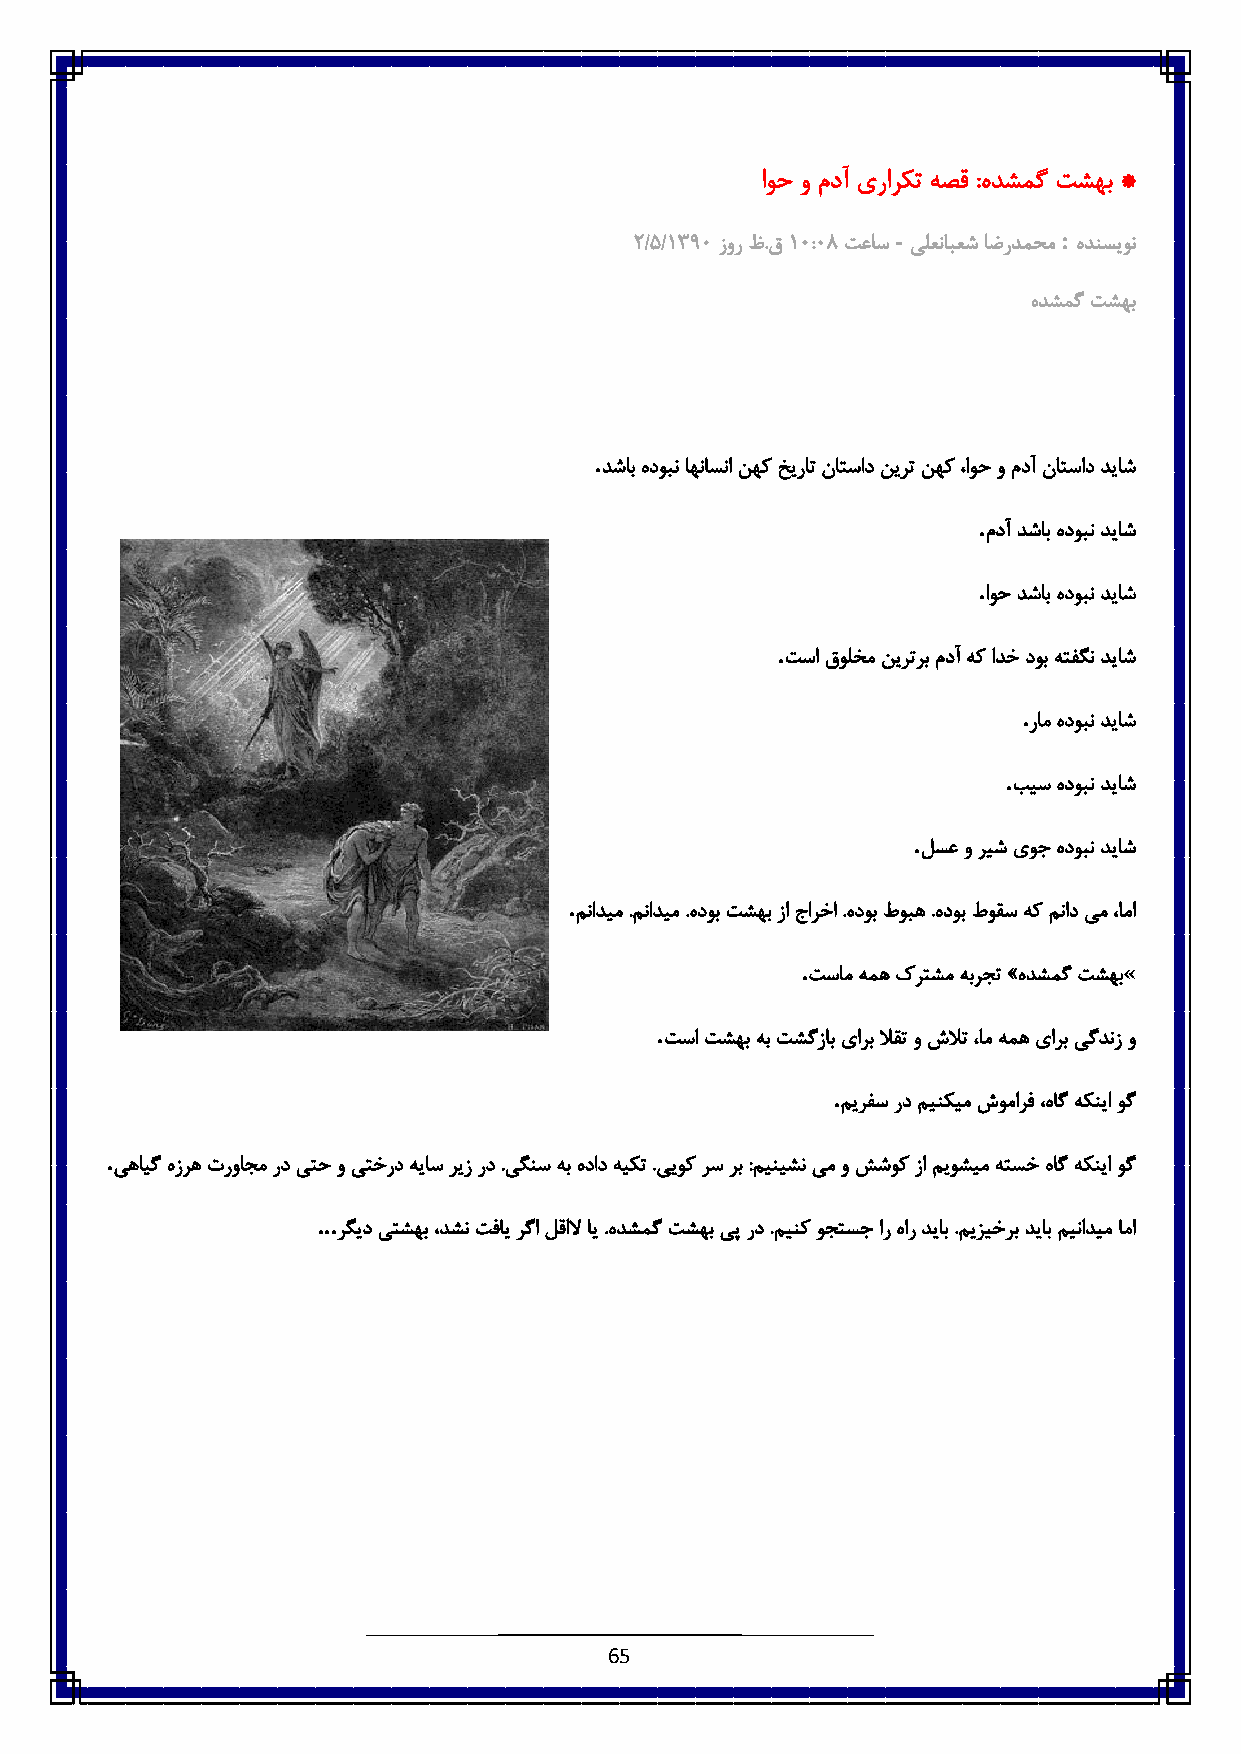
اوح و مدآ یرارکت هصق :هدشمگ تشهب *
 -          :
 :/٠/683٥ زور ظ.ق6 ٥:٥3 تعاس یلعنابعش اضردمحم هدنسیون
 هدشمگ تشهب
 .
 دشاب هدوبن اهناسنا نهک خیرات ناتساد نیرت نهک ،اوح و مدآ ناتساد دیاش
 .
 مدآ دشاب هدوبن دیاش
 .
 اوح دشاب هدوبن دیاش
 .
 تسا قولخم نیرترب مدآ هک ادخ دوب هتفگن دیاش
 .
 رام هدوبن دیاش
 .
 بیس هدوبن دیاش
 .
 لسع و ریش یوج هدوبن دیاش
 .
 منادیم .منادیم .هدوب تشهب زا جارخا .هدوب طوبه .هدوب طوقس هک مناد یم ،اما
 .                    «
 تسام همه کرتشم هبرجت »هدشمگ تشهب
 .
 تسا تشهب هب تشگزاب یارب لاقت و شلات ،ام همه یارب یگدنز و
 .
 میرفس رد مینکیم شومارف ،هاگ هکنیا وگ
 .
 یهایگ هزره ترواجم رد یتح و یتخرد هیاس ریز رد .یگنس هب هداد هیکت .ییوک رس رب :مینیشن یم و ششوک زا میوشیم هتسخ هاگ هکنیا وگ
 ...
 رگید یتشهب ،دشن تفای رگا لقالا ای .هدشمگ تشهب یپ رد .مینک وجتسج ار هار دیاب .میزیخرب دیاب مینادیم اما
 65